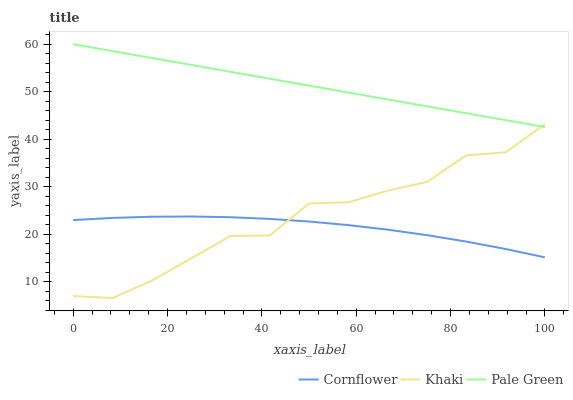
| xaxis_label | Cornflower | Khaki | Pale Green |
 | --- | --- | --- | --- |
 | 0 | 23 | 6.98 | 60 |
 | 8.33 | 23.4 | 6.55 | 58.5 |
 | 16.7 | 23.7 | 10.2 | 57.1 |
 | 25 | 23.7 | 14.9 | 55.6 |
 | 33.3 | 23.6 | 19.6 | 54.2 |
 | 41.7 | 23.2 | 19.7 | 52.7 |
 | 50 | 22.7 | 26.5 | 51.3 |
 | 58.3 | 21.9 | 26.7 | 49.8 |
 | 66.7 | 21 | 29.2 | 48.4 |
 | 75 | 19.8 | 31 | 46.9 |
 | 83.3 | 18.4 | 36.6 | 45.5 |
 | 91.7 | 16.9 | 37.2 | 44 |
 | 100 | 15.1 | 43.2 | 42.6 |